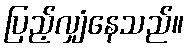
ပြည့်လျှံနေသည်။